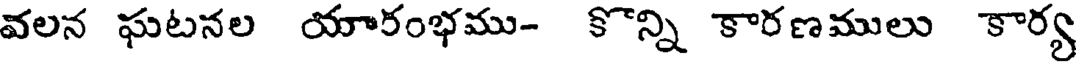
వలన ఘటనల యారంభము- కొన్ని కారణములు కార్య